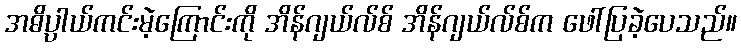
အဓိပ္ပါယ်ကင်းမဲ့ကြောင်းကို အိန်ဂျယ်လ်စ် အိန်ဂျယ်လ်စ်က ဖေါ်ပြခဲ့ပေသည်။